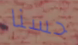
حسنا